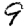
Digit: 9